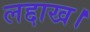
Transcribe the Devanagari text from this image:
लद्दाख।